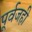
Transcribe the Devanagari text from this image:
पूर्वजही